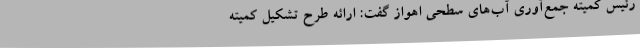
رئیس کمیته جمع‌آوری آب‌های سطحی اهواز گفت: ارائه طرح تشکیل کمیته